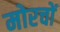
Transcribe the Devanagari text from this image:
मोरचों